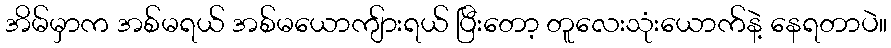
အိမ်မှာက အစ်မရယ် အစ်မယောကျ်ားရယ် ပြီးတော့ တူလေးသုံးယောက်နဲ့ နေရတာပဲ။